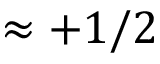
\approx + 1 / 2